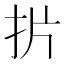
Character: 扸